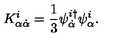
K _ { \alpha \dot { \alpha } } ^ { i } = \frac { 1 } { 3 } \psi _ { \dot { \alpha } } ^ { i \dagger } \psi _ { \alpha } ^ { i } .